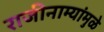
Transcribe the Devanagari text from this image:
राजीनाम्यांमुळे